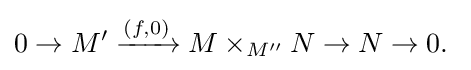
0\to M'\xrightarrow {(f,0)} M\times _{M''}N\to N\to 0.\